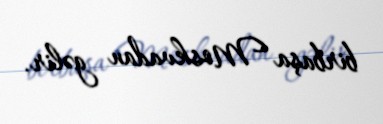
birbaşa Moskvadan gəlir.